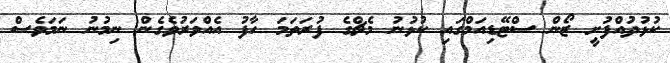
ކުޅުދުއްފުށީ ޒޯން ސްޓޭޑިއަމްގައި ކުޅުނު މެޗްގެ ފުރަތަމަ ހާފު އެއްވަރުވެގެން ނިމުނު ނަމަވެސް